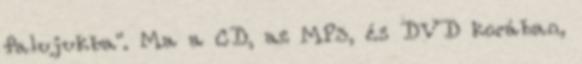
falujukba". Ma a CD, az MP3, és DVD korában,